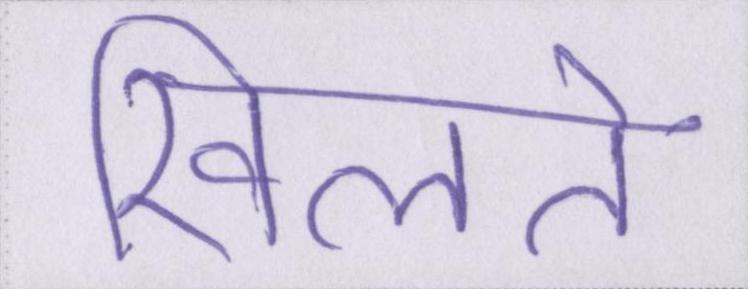
खिलते